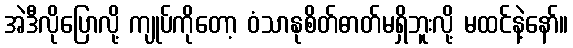
အဲဒီလိုပြောလို့ ကျုပ်ကိုတော့ ဝံသာနုစိတ်ဓာတ်မရှိဘူးလို့ မထင်နဲ့နော်။